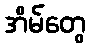
အိမ်တွေ